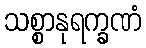
သစ္စာနုရက္ခဏံ